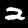
Digit: 2